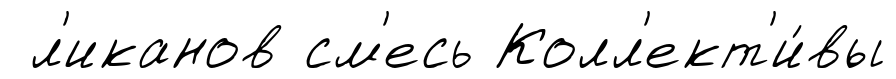
л'иканов см'есь Колл'ект'и́вы